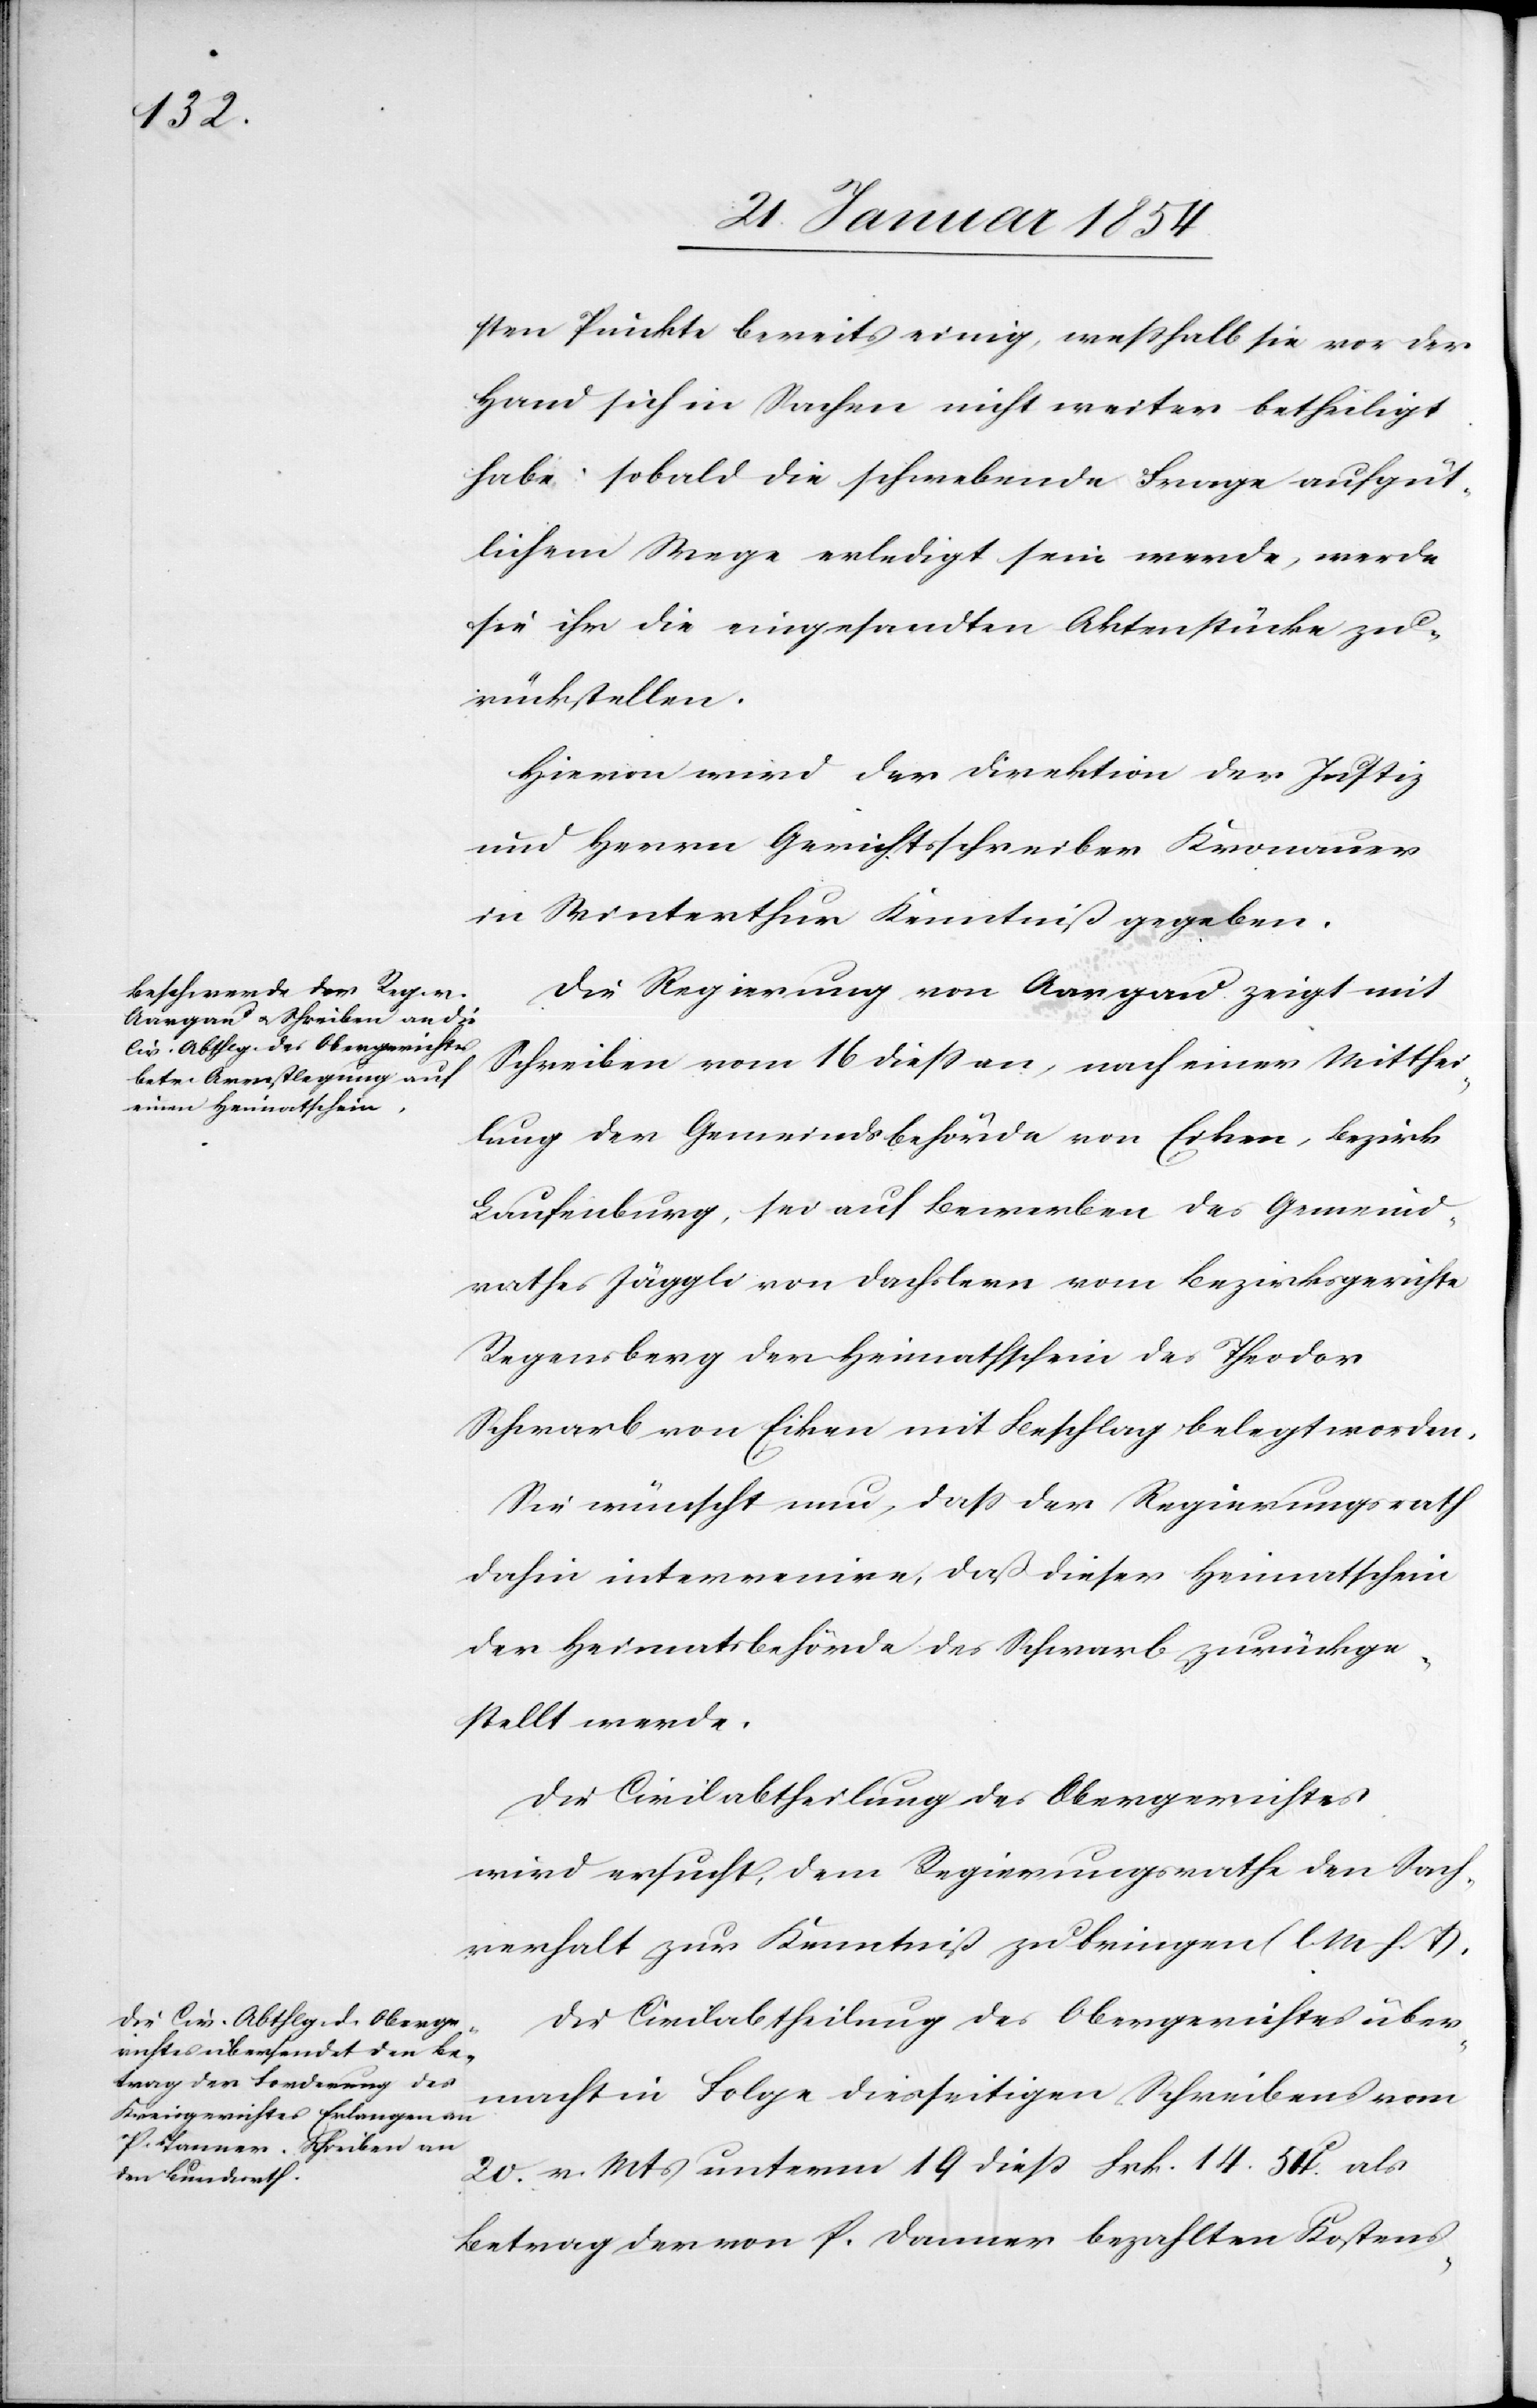
sten Punkte bereits einig, weßhalb sie vor der
Hand sich in Sachen nicht weiter betheiligt
habe. sobald die schwebende Frage auf güt¬
lichem Wege erledigt sein werde, werde
sie ihr die eingesandten Aktenstücke zu¬
rückstellen.
Hievon wird der Direktion der Justiz
und Herrn Gerichtsschreiber Kronauer
in Winterthur Kenntniß gegeben.
Die Regierung von Aargau zeigt mit
Schreiben vom 16 dieß an, nach einer Mitthei¬
lung der Gemeindsbehörde von Eiken, Bezirks
Laufenburg, sei auf Bewerben des Gemeind¬
rathes Jäggli von Dachslern vom Bezirksgerichte
Regensberg der Heimathschein des Theodor
Schwarb von Eiken mit Beschlag belegt worden.
Sie wünscht nun, daß der Regierungsrath
dahin intervenire, daß dieser Heimatschein
der Heimatsbehörde des Schwarb zurückge¬
stellt werde.
Die Civilabtheilung des Obergerichtes
wird ersucht, dem Regierungsrathe den Sach¬
verhalt zur Kenntniß zu bringen (l. M. h. T.).
Die Civilabtheilung des Obergerichtes über¬
macht in Folge diesseitigen Schreibens vom
20. v. Mts unterm 19 dieß Frk. 14. 54.c als
Betrag der von P. Danner [sic!] bezahlten Kostens-